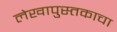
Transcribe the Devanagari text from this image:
लेखापुस्तकाचा